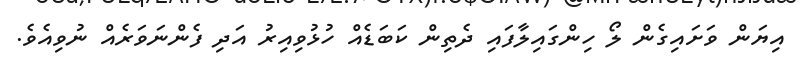
އިޔަން ވަށައިގެން ލޯ ހިންގައިލާފައި ދެތިން ކަބަޑެއް ހުޅުވިއިރު އަދި ފެންނަވަރެއް ނުވިއެވެ.